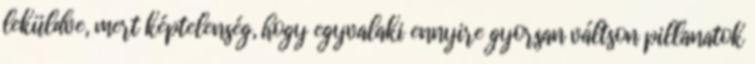
leküldve, mert képtelenség, hogy egyvalaki ennyire gyorsan váltson pillanatok